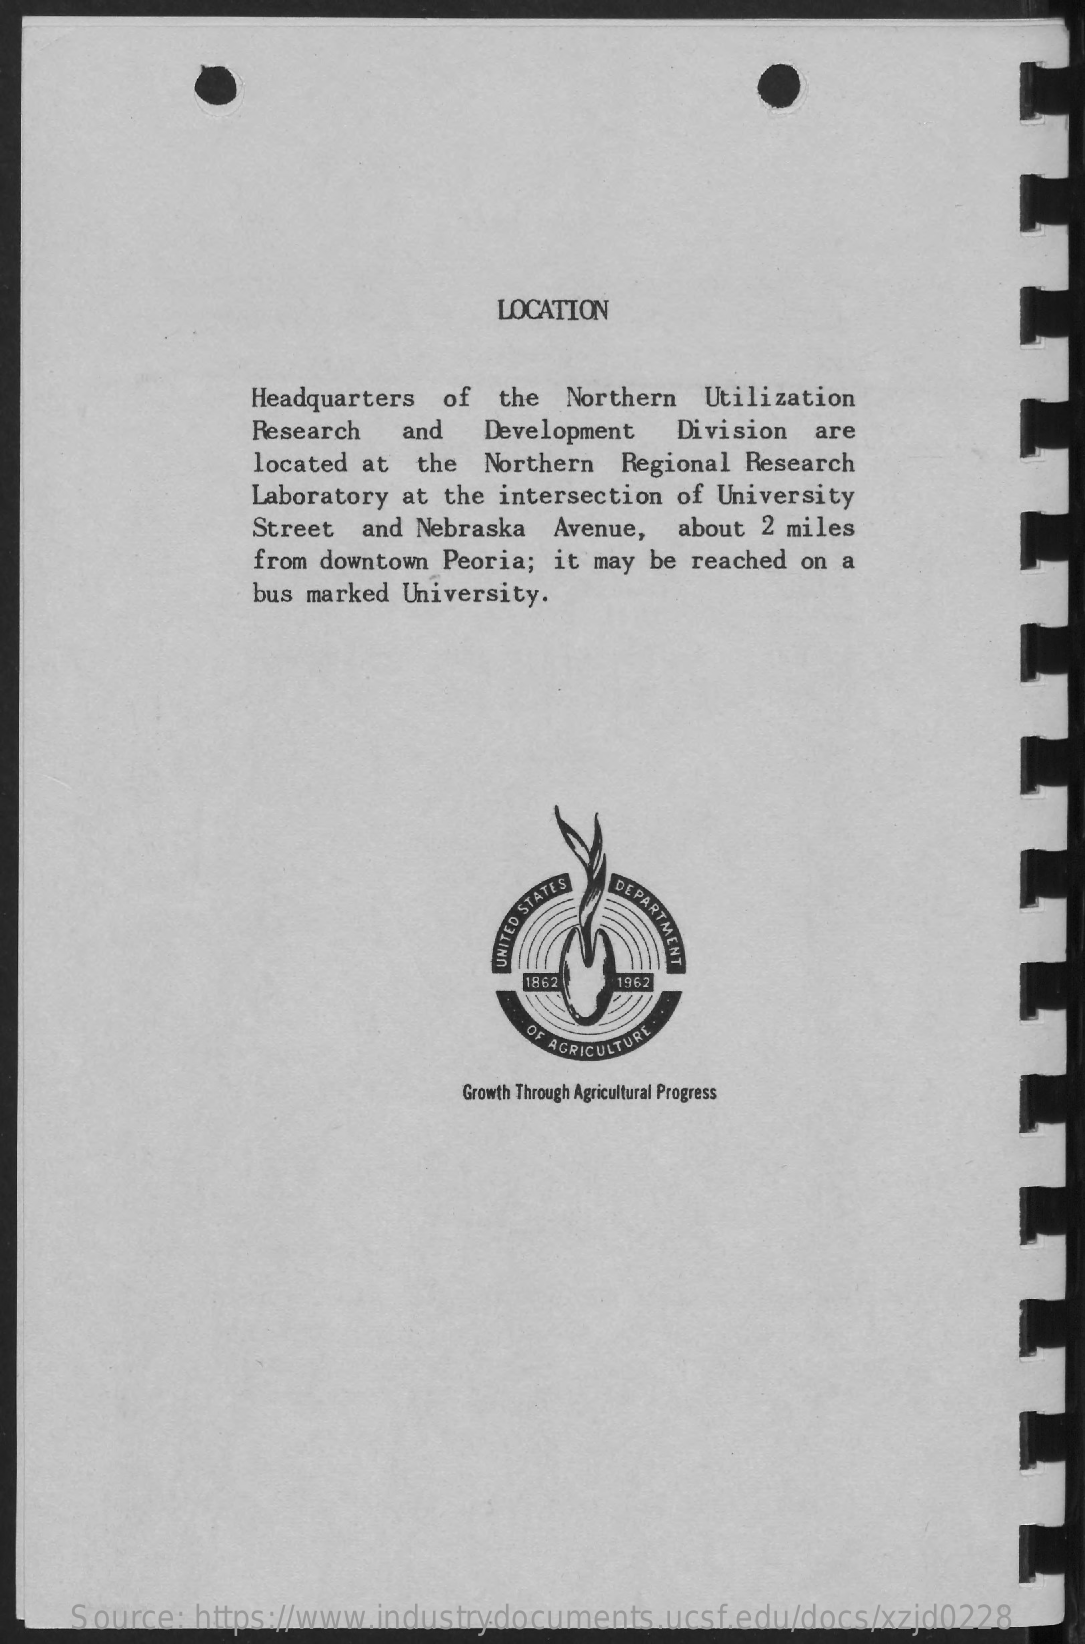
LOCATION
     Headquarters of the Northern Utilization
     Research and   Development Division are
     located at the Northern Regional Research
     Laboratory at the intersection of University
     Street and Nebraska Avenue, about 2 miles
     from downtown Peoria; it may be reached on a
     bus marked University.
     DEPARTMENT UNITED
     STATES
     1862  196:
     OF AGRICULTURE
     Growth Through Agricultural Progress
     Source: https://www.industrydocuments.ucsf.edu/docs/xzjd0228